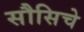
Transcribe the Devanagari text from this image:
सौसिचे